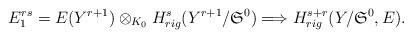
LaTeX: \begin{align*}E_{1}^{rs}=E(Y^{r+1})\otimes_{K_0}H^s_{rig}(Y^{r+1}/{\mathfrak S}^{0})\Longrightarrow H^{s+r}_{rig}(Y/{\mathfrak S}^{0},E).\end{align*}